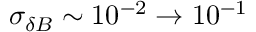
\sigma _ { \delta B } \sim 1 0 ^ { - 2 } \rightarrow 1 0 ^ { - 1 }